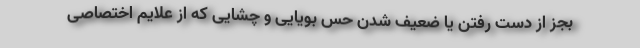
بجز از دست رفتن یا ضعیف شدن حس بویایی و چشایی که از علایم اختصاصی